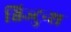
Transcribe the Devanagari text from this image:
श्विज्टुन्श